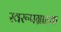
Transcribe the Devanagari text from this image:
स्वरूपग्राहक